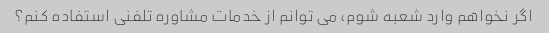
اگر نخواهم وارد شعبه شوم، می توانم از خدمات مشاوره تلفنی استفاده کنم؟